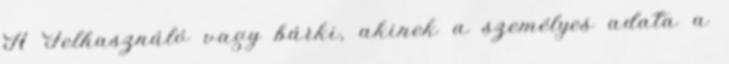
A Felhasználó vagy bárki, akinek a személyes adata a